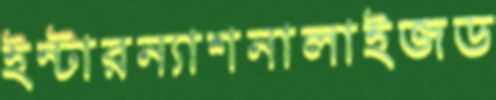
ইন্টারন্যাশনালাইজড